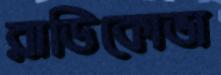
রাডিকোভা